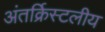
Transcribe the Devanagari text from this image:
अंतर्क्रिस्टलीय